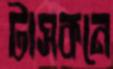
টাসকনে